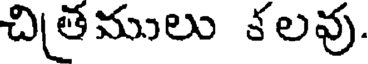
చితములు కలవు.